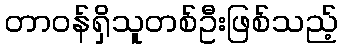
တာဝန်ရှိသူတစ်ဦးဖြစ်သည့်